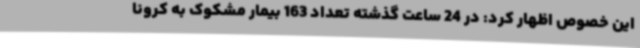
این خصوص اظهار کرد: در 24 ساعت گذشته تعداد 163 بیمار مشکوک به کرونا